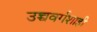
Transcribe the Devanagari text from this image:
उच्चवर्गशाही